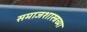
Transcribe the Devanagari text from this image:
समाजशास्त्रच्या